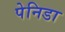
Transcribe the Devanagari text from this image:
पेनिडा